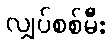
လျှပ်စစ်မီး